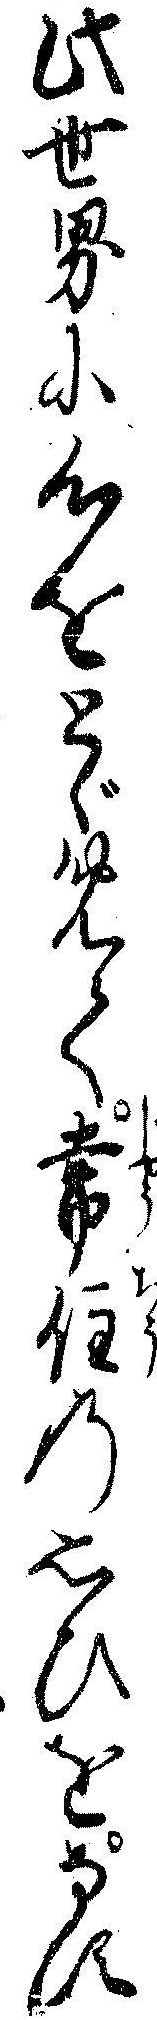
此世界に心をとゞめて常住の思ひをなす